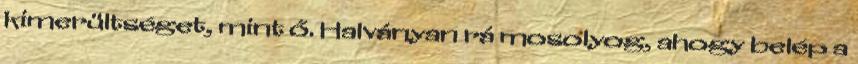
kimerültséget, mint ő. Halványan rá mosolyog, ahogy belép a